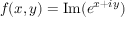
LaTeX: f ( x , y ) = \operatorname { I m } ( e ^ { x + i y } )